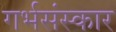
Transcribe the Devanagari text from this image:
गर्भसंस्कार